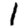
Digit: 1